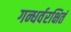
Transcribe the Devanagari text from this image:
गन्धर्वरक्षितं